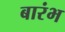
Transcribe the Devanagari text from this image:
बारंभ